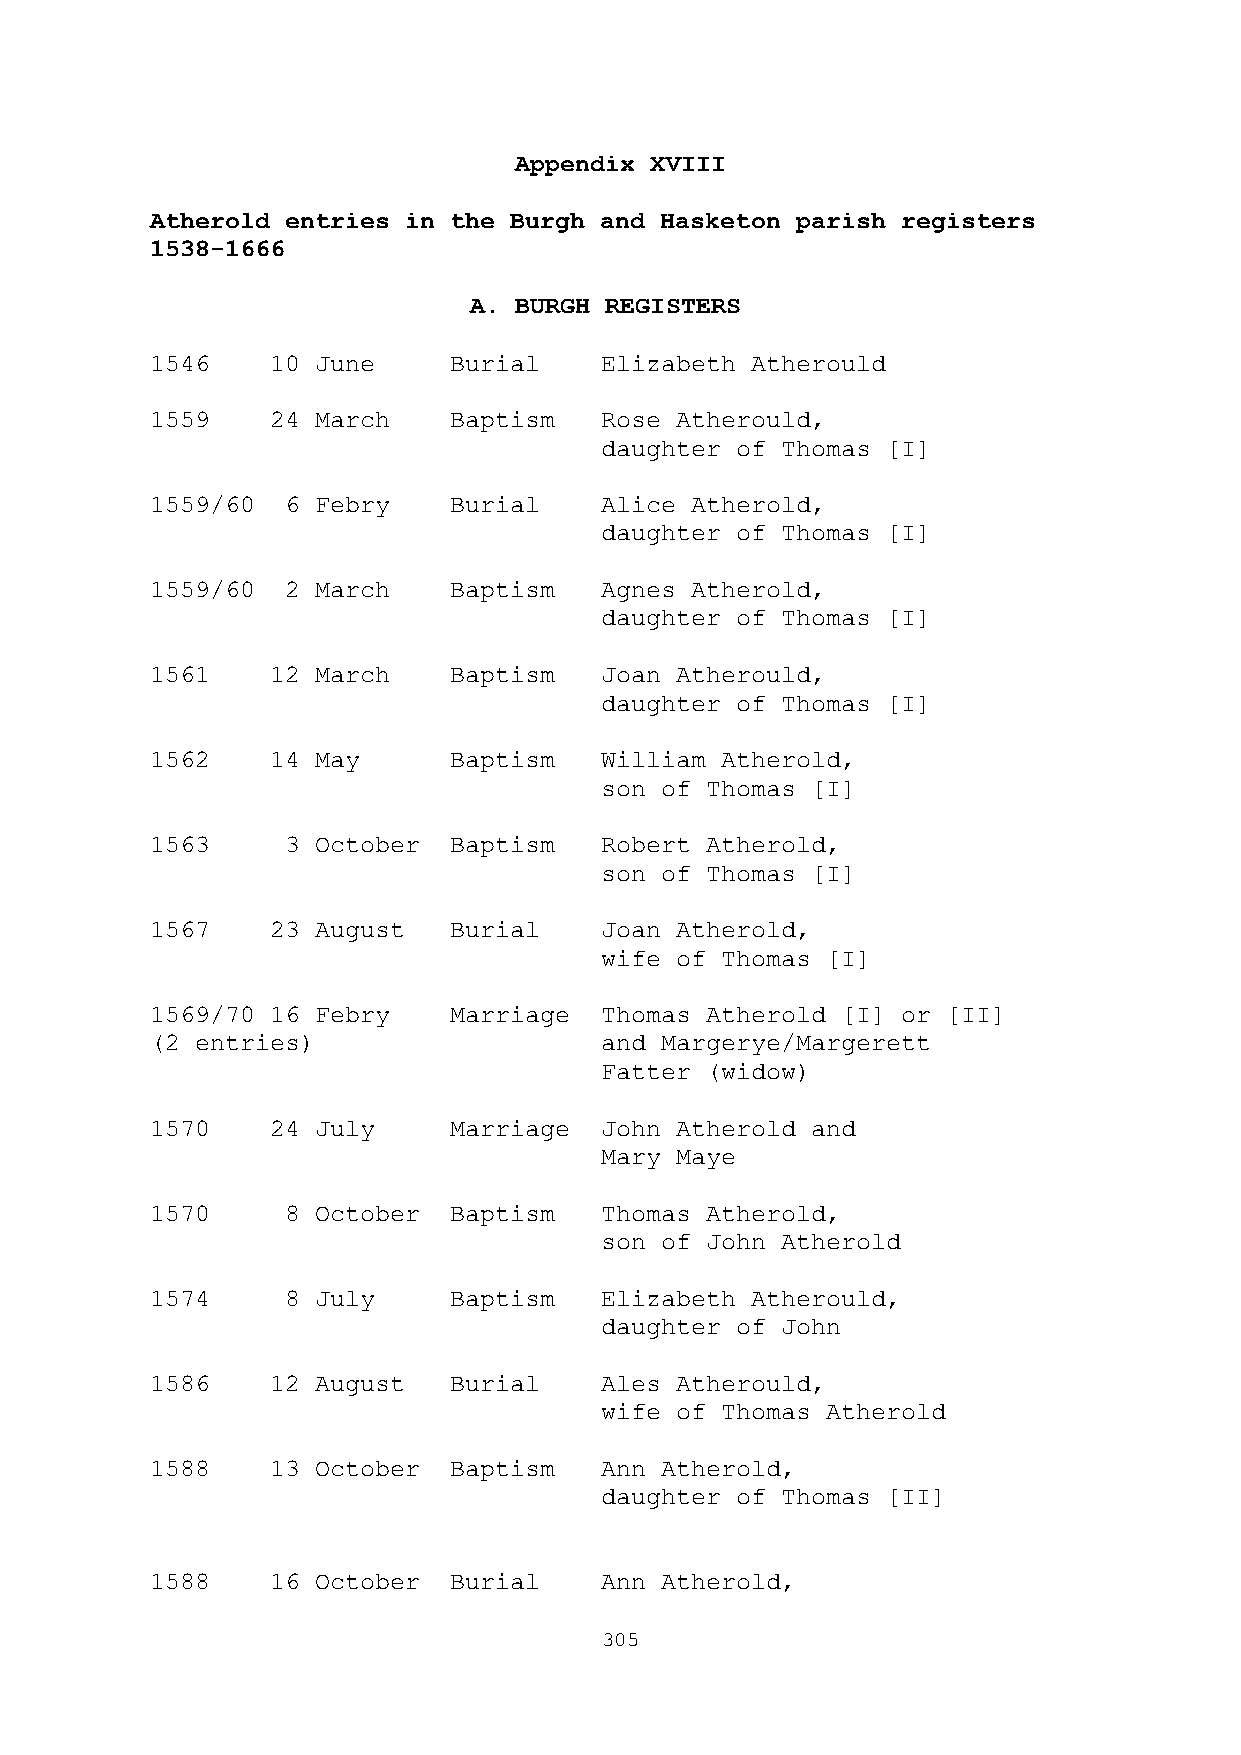
Appendix XVIII
 Atherold entries in the Burgh and Hasketon parish registers
 1538-1666
 A. BURGH REGISTERS
 1546    10 June     Burial    Elizabeth Atherould
 1559    24 March    Baptism   Rose Atherould,
 daughter of Thomas [I]
 1559/60  6 Febry    Burial    Alice Atherold,
 daughter of Thomas [I]
 1559/60  2 March    Baptism   Agnes Atherold,
 daughter of Thomas [I]
 1561    12 March    Baptism   Joan Atherould,
 daughter of Thomas [I]
 1562    14 May      Baptism   William Atherold,
 son of Thomas [I]
 1563     3 October  Baptism   Robert Atherold,
 son of Thomas [I]
 1567    23 August   Burial    Joan Atherold,
 wife of Thomas [I]
 1569/70 16 Febry    Marriage  Thomas Atherold [I] or [II]
 (2 entries)                   and Margerye/Margerett
 Fatter (widow)
 1570    24 July     Marriage  John Atherold and
 Mary Maye
 1570     8 October  Baptism   Thomas Atherold,
 son of John Atherold
 1574     8 July     Baptism   Elizabeth Atherould,
 daughter of John
 1586    12 August   Burial    Ales Atherould,
 wife of Thomas Atherold
 1588    13 October  Baptism   Ann Atherold,
 daughter of Thomas [II]
 1588    16 October  Burial    Ann Atherold,
 305